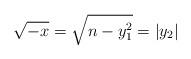
LaTeX: \begin{align*}\sqrt{-x}=\sqrt{n-y_{1}^{2}}=|y_{2}|\end{align*}